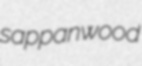
sappanwood